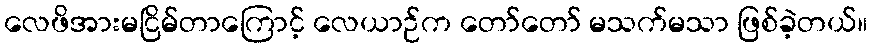
လေဖိအားမငြိမ်တာကြောင့် လေယာဉ်က တော်တော် မသက်မသာ ဖြစ်ခဲ့တယ်။